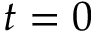
t = 0